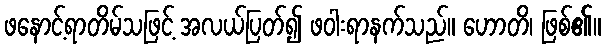
ဖနောင့်ရာတိမ်သဖြင့် အလယ်ပြတ်၍ ဖဝါးရာနက်သည်။ ဟောတိ၊ ဖြစ်၏။